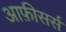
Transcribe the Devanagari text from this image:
आफ़ीसर्स